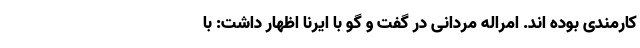
کارمندی بوده اند. امراله مردانی در گفت و گو با ایرنا اظهار داشت: با